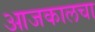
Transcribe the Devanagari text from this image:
आजकालचा